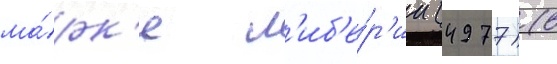
ма́рк'е л'иб'е́р'ии (4977) (в